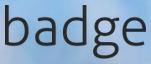
badge